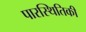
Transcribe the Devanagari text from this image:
पारस्थितिकी